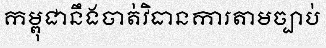
កម្ពុជានឹងចាត់វិធានការតាមច្បាប់